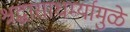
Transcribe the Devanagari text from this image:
श्रद्धासाधर्म्यामुळे